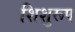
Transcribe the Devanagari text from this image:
शिशुरूप